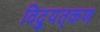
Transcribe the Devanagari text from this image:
विद्युत्‌कण